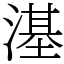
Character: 𣻺